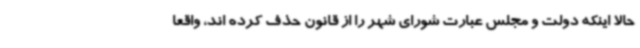
حالا اینکه دولت و مجلس عبارت شورای شهر را از قانون حذف کرده اند، واقعا